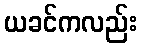
ယခင်ကလည်း